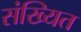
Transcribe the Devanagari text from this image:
संख्यित